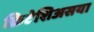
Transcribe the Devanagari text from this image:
क्रिटेशिअसया